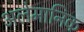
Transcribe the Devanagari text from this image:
अलेमानिक